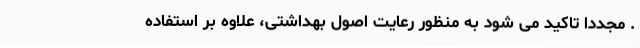
. مجددا تاکید می شود به منظور رعایت اصول بهداشتی، علاوه بر استفاده